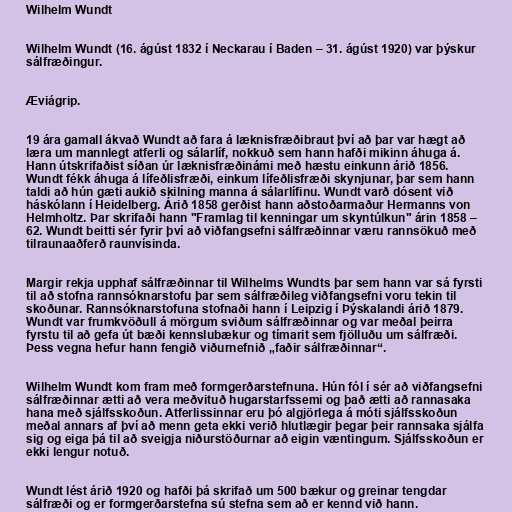
Wilhelm Wundt

Wilhelm Wundt (16. ágúst 1832 í Neckarau í Baden – 31. ágúst 1920) var þýskur
sálfræðingur.

Æviágrip.

19 ára gamall ákvað Wundt að fara á læknisfræðibraut því að þar var hægt að
læra um mannlegt atferli og sálarlíf, nokkuð sem hann hafði mikinn áhuga á.
Hann útskrifaðist síðan úr læknisfræðinámi með hæstu einkunn árið 1856.
Wundt fékk áhuga á lífeðlisfræði, einkum lífeðlisfræði skynjunar, þar sem hann
taldi að hún gæti aukið skilning manna á sálarlífinu. Wundt varð dósent við
háskólann í Heidelberg. Árið 1858 gerðist hann aðstoðarmaður Hermanns von
Helmholtz. Þar skrifaði hann "Framlag til kenningar um skyntúlkun" árin 1858 –
62. Wundt beitti sér fyrir því að viðfangsefni sálfræðinnar væru rannsökuð með
tilraunaaðferð raunvísinda.

Margir rekja upphaf sálfræðinnar til Wilhelms Wundts þar sem hann var sá fyrsti
til að stofna rannsóknarstofu þar sem sálfræðileg viðfangsefni voru tekin til
skoðunar. Rannsóknarstofuna stofnaði hann í Leipzig í Þýskalandi árið 1879.
Wundt var frumkvöðull á mörgum sviðum sálfræðinnar og var meðal þeirra
fyrstu til að gefa út bæði kennslubækur og tímarit sem fjölluðu um sálfræði.
Þess vegna hefur hann fengið viðurnefnið „faðir sálfræðinnar“.

Wilhelm Wundt kom fram með formgerðarstefnuna. Hún fól í sér að viðfangsefni
sálfræðinnar ætti að vera meðvituð hugarstarfssemi og það ætti að rannasaka
hana með sjálfsskoðun. Atferlissinnar eru þó algjörlega á móti sjálfsskoðun
meðal annars af því að menn geta ekki verið hlutlægir þegar þeir rannsaka sjálfa
sig og eiga þá til að sveigja niðurstöðurnar að eigin væntingum. Sjálfsskoðun er
ekki lengur notuð.

Wundt lést árið 1920 og hafði þá skrifað um 500 bækur og greinar tengdar
sálfræði og er formgerðarstefna sú stefna sem að er kennd við hann.